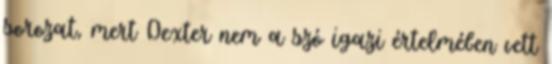
sorozat, mert Dexter nem a szó igazi értelmében vett